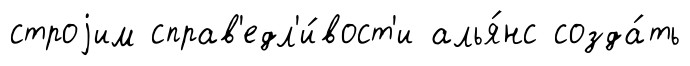
строjим справ'едл'и́вост'и алья́нс созда́ть